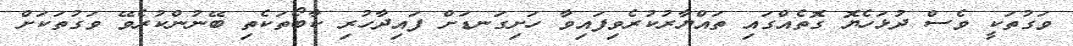
ވަގުތަކީ ވެސް ދުޅަހެޔޮ ގޮތެއްގައި ތައްޔާރުކުރެވިފައިވާ ހަށިގަނޑަށް ފައިދާހުރި ކާބޯތަކެތި ބޭނުންކުރެވޭ ވަގުތަކަށް